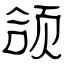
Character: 颌